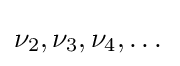
\nu _{2},\nu _{3},\nu _{4},\dots